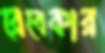
রেবেকার